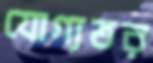
যোগ্যতর